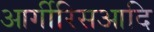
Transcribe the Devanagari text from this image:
आर्गीरिसआदि